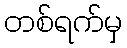
တစ်ရက်မှ